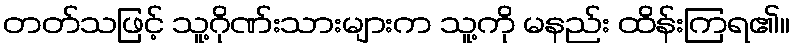
တတ်သဖြင့် သူ့ဂိုဏ်းသားများက သူ့ကို မနည်း ထိန်းကြရ၏။